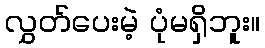
လွှတ်ပေးမဲ့ ပုံမရှိဘူး။